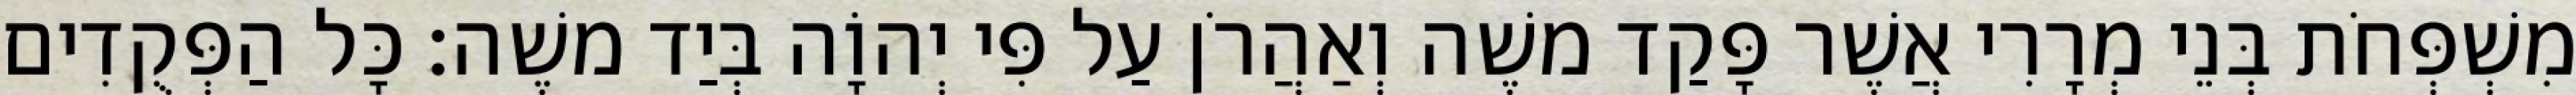
מִשְׁפְּחֹת בְּנֵי מְרָרִי אֲשֶׁר פָּקַד משֶׁה וְאַהֲרֹן עַל פִּי יְהוָֹה בְּיַד משֶׁה׃ כָּל הַפְּקֻדִים